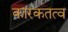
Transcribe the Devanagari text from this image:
कारकतत्व